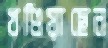
খণ্ডিয়াছেন